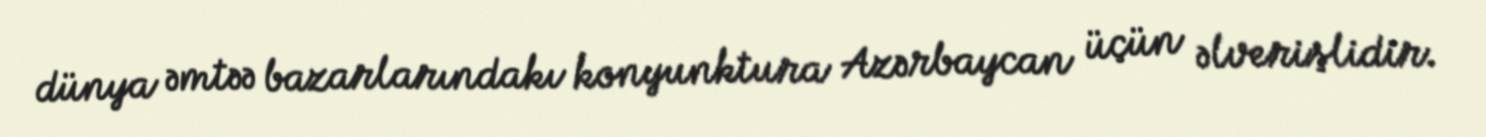
dünya əmtəə bazarlarındakı konyunktura Azərbaycan üçün əlverişlidir.